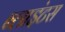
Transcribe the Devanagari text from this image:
ब्लाइंटस